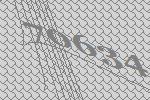
70634